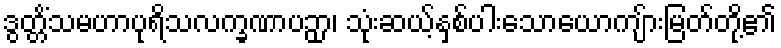
ဒွတ္တိံသမဟာပုရိသလက္ခဏာပဉှာ၊ သုံးဆယ့်နှစ်ပါးသောယောကျ်ားမြတ်တို့၏